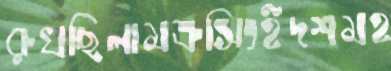
রুখছিলামক্রসিংইদশমহ